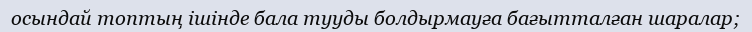
осындай топтың ішінде бала тууды болдырмауға бағытталған шаралар;